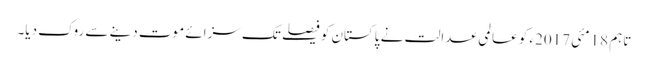
تاہم 18مئی 2017ء کو عالمی عدالت نے پاکستان کو فیصلے تک سزائے موت دینے سے روک دیا۔